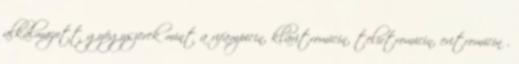
alkalmazott gyógyszerek mint a rifampicin, klaritromicin, telirtromicin, eritromicin .